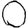
Digit: 0